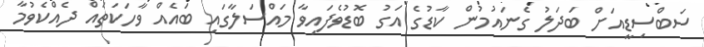
ސަބްސިޑީއަށް ބަދަލު ގެނައުމުން ކާޑުގެ އަގު ބޮޑުވެފައިވާ މައްސަލާގައި ބައެއް ވާހަކަތައް ދެއްކެވުމާ